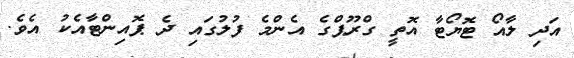
އަދި ލާއޯ ޓޮޔޯޓާ އޮތީ ގްރޫޕްގެ އެންމެ ފުލުގައި ދެ ޕޮއިންޓާއެކު އެވެ.